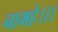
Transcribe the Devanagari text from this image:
नामहे।।।